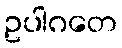
ဥပါဂတေ